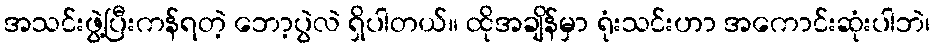
အသင်းဖွဲ့ပြီးကန်ရတဲ့ ဘော့ပွဲလဲ ရှိပါတယ်။ ထိုအချိန်မှာ ရုံးသင်းဟာ အကောင်းဆုံးပါဘဲ၊